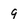
Character: 9